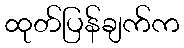
ထုတ်ပြန်ချက်က